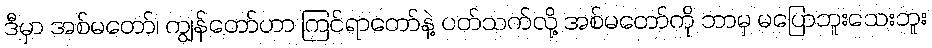
ဒီမှာ အစ်မတော်၊ ကျွန်တော်ဟာ ကြင်ရာတော်နဲ့ ပတ်သက်လို့ အစ်မတော်ကို ဘာမှ မပြောဘူးသေးဘူး